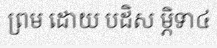
ព្រម ដោយ បដិស ម្ភិទា៤